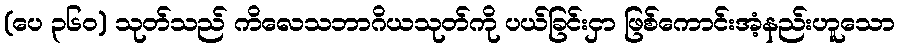
(ပေ ၃၆၀) သုတ်သည် ကိလေသဘာဂိယသုတ်ကို ပယ်ခြင်းငှာ ဖြစ်ကောင်းအံ့နည်းဟူသော